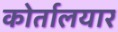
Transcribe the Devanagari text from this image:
कोर्तालयार